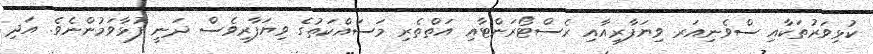
ކުޅިވަރުތަކާއި ސްވެނިއަރ ވިޔަފާރިއާއި ރެސްޓޯރަންޓާއި އަތްތެރި މަސައްކަތުގެ ވިޔަފާރިވެސް ދަނީ ފުޅާވަމުންނެވެ. އަދި